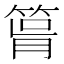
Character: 𥮪